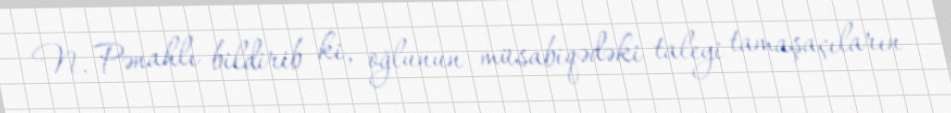
N. Pənahlı bildirib ki, oğlunun müsabiqədəki taleyi tamaşaçıların